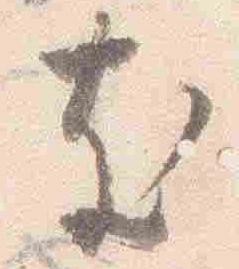
支